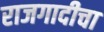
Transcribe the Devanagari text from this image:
राजगादीचा